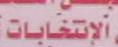
ألإشخابات